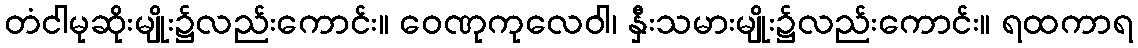
တံငါမုဆိုးမျိုး၌လည်းကောင်း။ ဝေဏုကုလေဝါ၊ နှီးသမားမျိုး၌လည်းကောင်း။ ရထကာရ